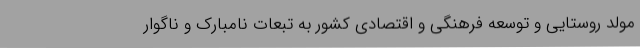
مولد روستایی و توسعه فرهنگی و اقتصادی کشور به تبعات نامبارک و ناگوار